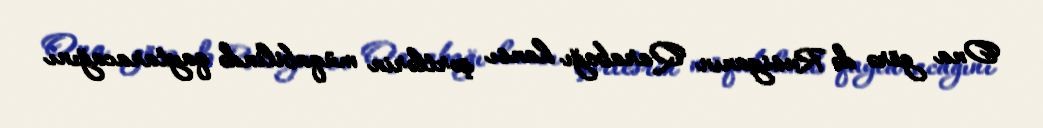
Ona görə də Rusiyanın Qarabağı hansı şərtlərin müqabilində qaytaracağını